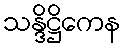
သန္ဒိဋ္ဌိကေန